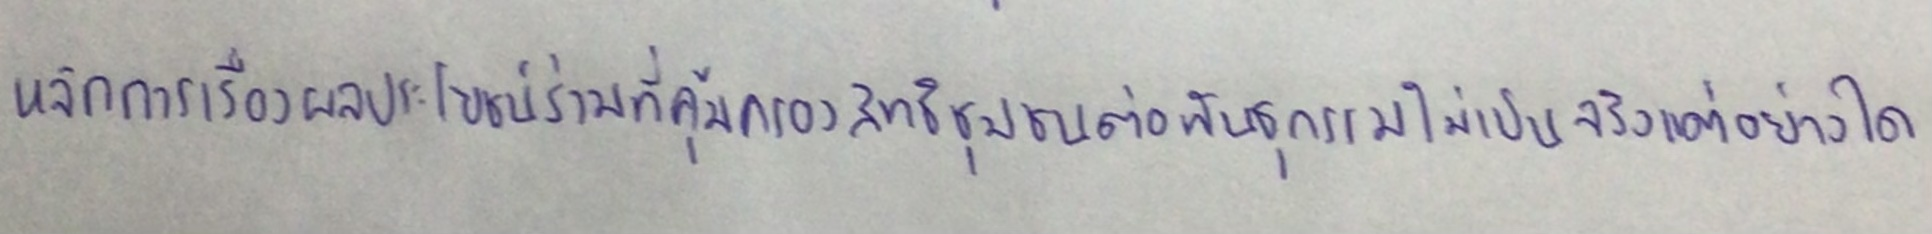
หลักการเรื่องผลประโยชน์ร่วมที่คุ้มครองสิทธิชุมชนต่อพันธุกรรมไม่เป็นจริงแต่อย่างใด